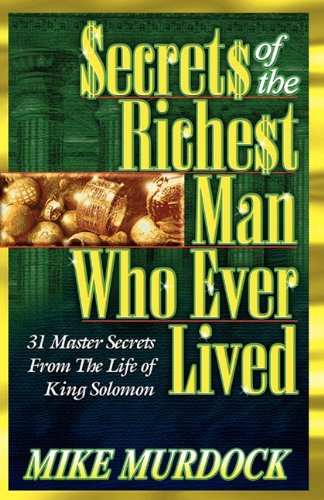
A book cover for Secrets of the Richest Man Who Ever Lived; Mike Murdock; Christian Books & Bibles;